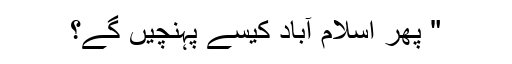
" پھر اسلام آباد کیسے پہنچیں گے؟